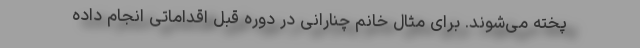
پخته می‌شوند. برای مثال خانم چنارانی در دوره قبل اقداماتی انجام داده